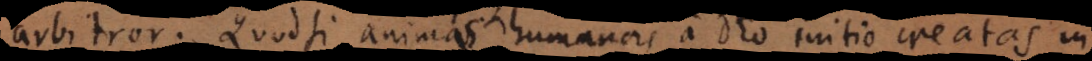
arbitror. Quodsi animas humanas a Deo initio creatas in